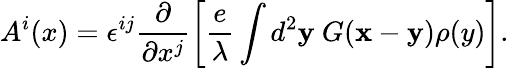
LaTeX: A^{i}(x)=\epsilon^{ij}\frac{\partial}{\partial x^{j}}\left[\frac{e}{\lambda}\int d^{2}{\mathbf y}~G({\mathbf x}-{\mathbf y})\rho(y)\right].